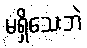
မရှိသေးဘဲ